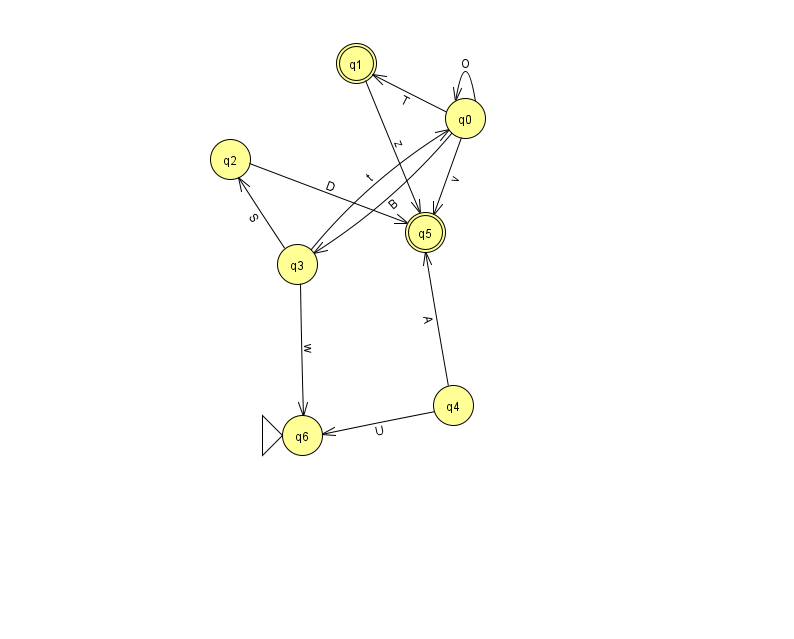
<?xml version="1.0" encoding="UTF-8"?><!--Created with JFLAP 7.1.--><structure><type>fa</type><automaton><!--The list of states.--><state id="0" name="q0"><x>465.0</x><y>105.0</y></state><state id="1" name="q1"><x>356.0</x><y>50.0</y><final/></state><state id="2" name="q2"><x>230.0</x><y>146.0</y></state><state id="3" name="q3"><x>297.0</x><y>251.0</y></state><state id="4" name="q4"><x>453.0</x><y>392.0</y></state><state id="5" name="q5"><x>425.0</x><y>219.0</y><final/></state><state id="6" name="q6"><x>302.0</x><y>422.0</y><initial/></state><!--The list of transitions.--><transition><from>1</from><to>5</to><read>z</read></transition><transition><from>0</from><to>1</to><read>T</read></transition><transition><from>3</from><to>2</to><read>S</read></transition><transition><from>2</from><to>5</to><read>D</read></transition><transition><from>4</from><to>6</to><read>U</read></transition><transition><from>0</from><to>3</to><read>B</read></transition><transition><from>0</from><to>5</to><read>v</read></transition><transition><from>4</from><to>5</to><read>A</read></transition><transition><from>3</from><to>0</to><read>t</read></transition><transition><from>3</from><to>6</to><read>w</read></transition><transition><from>0</from><to>0</to><read>O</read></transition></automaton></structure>